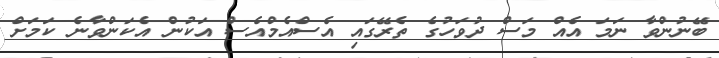
ބޭނުންވާ ނަމަ އެއް މަސް ދުވަހުގެ ތެރޭގައި އެސްއެމްއެސް އަކުން އެކަންވާނެ ކަމަށް